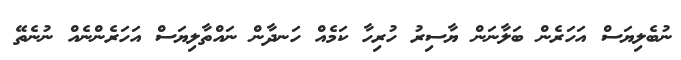
ނުބެލިޔަސް އަހަރެން ބަލާނަން ޔާސިރު ހުރިހާ ކަމެއް ހަނދާން ނައްތާލިޔަސް އަހަރެންނެއް ނުނެތޭ